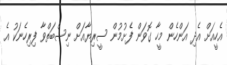
އެހީއަށް އެދި އަންހެން މީހާ ގޮވަން ފެށުމުން ސީރިޔާއަށް ނިސްބަތްވާ ފިރިހެނަކު އެ